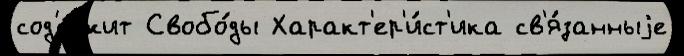
сод'е́ржит Свобо́ды Характ'ер'и́ст'ика св'я́занныjе